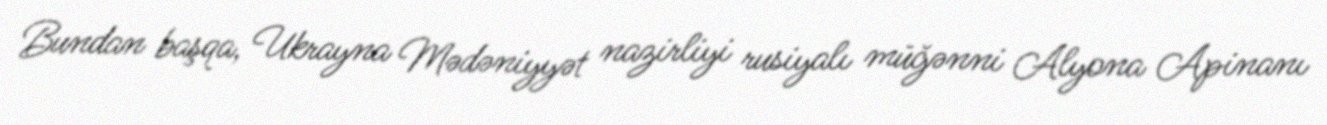
Bundan başqa, Ukrayna Mədəniyyət nazirliyi rusiyalı müğənni Alyona Apinanı